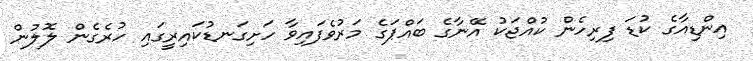
އިންޑިއާގެ ކުޑަ ފިރިހެން ކުއްޖަކު އޭނާގެ ބައްޕަގެ މަރުވެފައިވާ ހަށިގަނޑުކައިރީގައި ހުރެގެން ލޮލުން